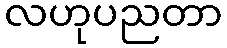
လဟုပညတာ